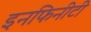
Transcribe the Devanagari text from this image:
इनफिनीटी